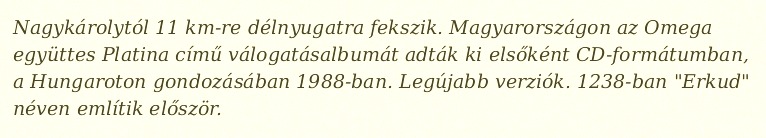
Nagykárolytól 11 km-re délnyugatra fekszik. Magyarországon az Omega együttes Platina című válogatásalbumát adták ki elsőként CD-formátumban, a Hungaroton gondozásában 1988-ban. Legújabb verziók. 1238-ban "Erkud" néven említik először.